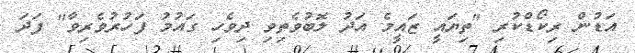
އަޑުން ރިކޯޑްކުރި "ތިޔައީ ޒައީމެ އަދު ލޮބުވެތިވި ދިވެހި ގައުމު ފަހުރުވެރިވާ" ފަދަ